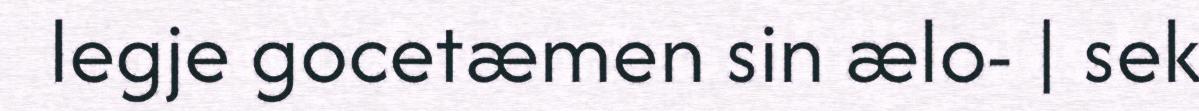
legje gocetæmen sin ælo- | sek